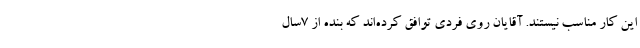
این کار مناسب نیستند. آقایان روی فردی توافق کرده‌اند که بنده از 7سال